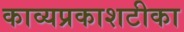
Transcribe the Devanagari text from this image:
काव्यप्रकाशटीका